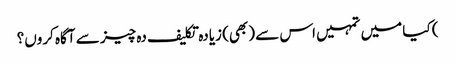
) کیا میں تمہیں اس سے (بھی) زیادہ تکلیف دہ چیز سے آگاہ کروں؟